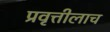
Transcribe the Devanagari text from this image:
प्रवृत्तीलाच